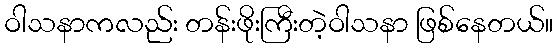
ဝါသနာကလည်း တန်းဖိုးကြီးတဲ့ဝါသနာ ဖြစ်နေတယ်။